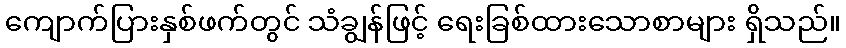
ကျောက်ပြားနှစ်ဖက်တွင် သံချွန်ဖြင့် ရေးခြစ်ထားသောစာများ ရှိသည်။